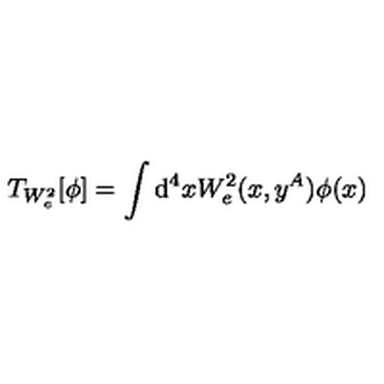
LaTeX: T _ { W _ { e } ^ { 2 } } [ \phi ] = \int \mathrm { d } ^ { 4 } x W _ { e } ^ { 2 } ( x , y ^ { A } ) \phi ( x )